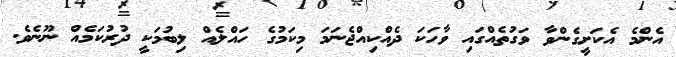
އެންމެ އެކަށީގެންވާ ވަގުތެއްގައި ވާހަކަ ދެއްކިއްޖެނަމަ މިކަމުގެ ހައްލެއް ލިބުމަކީ ދުރުކަމެއް ނޫނެވެ.